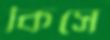
কিসে